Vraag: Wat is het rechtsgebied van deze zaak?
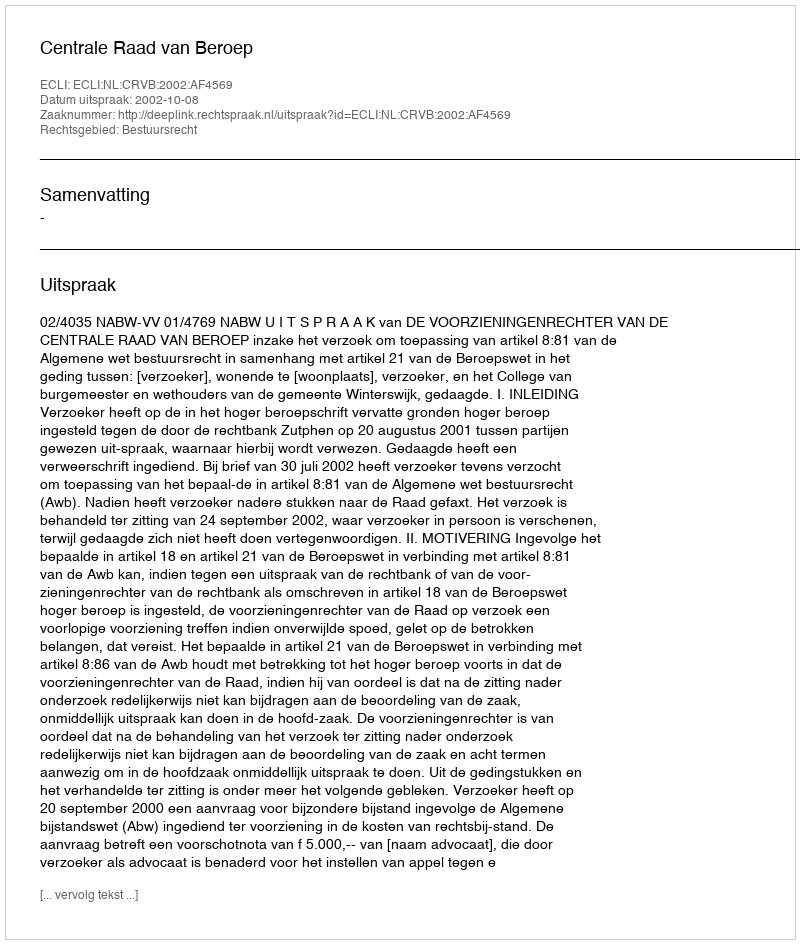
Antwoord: Bestuursrecht